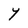
Character: Y